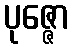
ပုဇ္ဇော